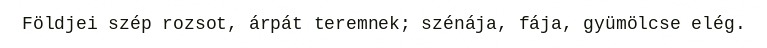
Földjei szép rozsot, árpát teremnek; szénája, fája, gyümölcse elég.